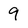
Character: 9